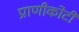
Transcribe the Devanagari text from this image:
प्राणीकोटी